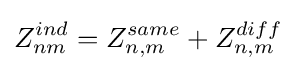
Z_{nm}^{ind}=Z_{n,m}^{same}+Z_{n,m}^{diff}